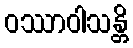
ဝဿာဝါသန္တိ